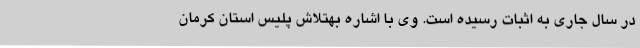
در سال جاری به اثبات رسیده است. وی با اشاره بهتلاش پلیس استان کرمان